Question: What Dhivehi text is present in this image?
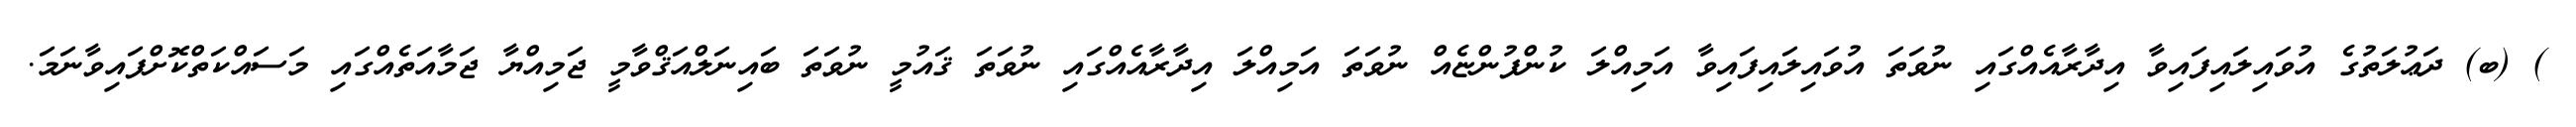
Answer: ) (ބ) ދަޢުލަތުގެ އުވައިލައިފައިވާ އިދާރާއެއްގައި ނުވަތަ އުވައިލައިފައިވާ އަމިއްލަ ކުންފުންޏެއް ނުވަތަ އަމިއްލަ އިދާރާއެއްގައި ނުވަތަ ޤައުމީ ނުވަތަ ބައިނަލްއަޤްވާމީ ޖަމިއްޔާ ޖަމާއަތެއްގައި މަސައްކަތްކޮށްފައިވާނަމަ.